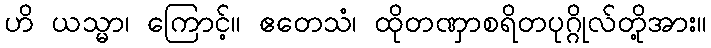
ဟိ ယသ္မာ၊ ကြောင့်။ ဧတေသံ၊ ထိုတဏှာစရိတပုဂ္ဂိုလ်တို့အား။